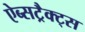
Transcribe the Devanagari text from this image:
ऐब्सट्रैक्ट्स